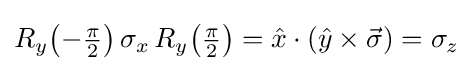
{\textstyle R_{y}{\mathord {\left(-{\frac {\pi }{2}}\right)}}\,\sigma _{x}\,R_{y}{\mathord {\left({\frac {\pi }{2}}\right)}}={\hat {x}}\cdot \left({\hat {y}}\times {\vec {\sigma }}\right)=\sigma _{z}}